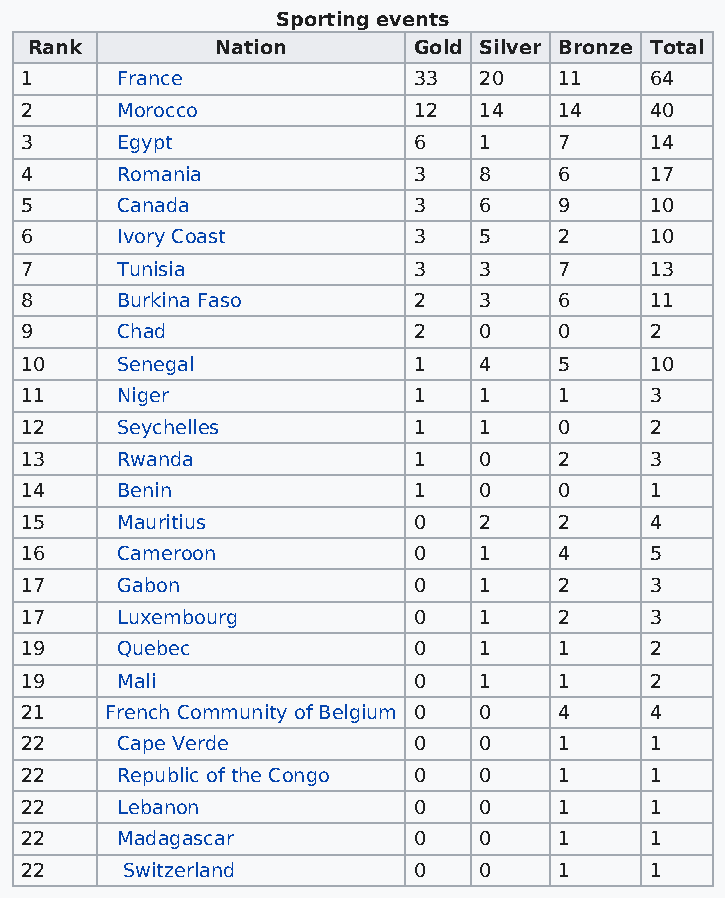
Sporting events
 Rank        Nation       Gold Silver Bronze Total
 1      France             33   20   11    64
 2      Morocco            12   14   14    40
 3      Egypt              6    1    7     14
 4      Romania            3    8    6     17
 5      Canada             3    6    9     10
 6      Ivory Coast        3    5    2     10
 7      Tunisia            3    3    7     13
 8      Burkina Faso       2    3    6     11
 9      Chad               2    0    0     2
 10     Senegal            1    4    5     10
 11     Niger              1    1    1     3
 12     Seychelles         1    1    0     2
 13     Rwanda             1    0    2     3
 14     Benin              1    0    0     1
 15     Mauritius          0    2    2     4
 16     Cameroon           0    1    4     5
 17     Gabon              0    1    2     3
 17     Luxembourg         0    1    2     3
 19     Quebec             0    1    1     2
 19     Mali               0    1    1     2
 21    French Community of Belgium 0 0 4   4
 22     Cape Verde         0    0    1     1
 22     Republic of the Congo 0 0    1     1
 22     Lebanon            0    0    1     1
 22     Madagascar         0    0    1     1
 22     Switzerland        0    0    1     1